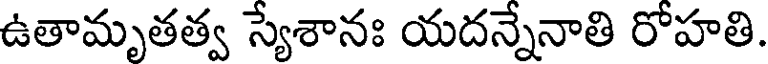
ఉతామృతత్వ స్యేశానః యదన్నేనాతి రోహతి.